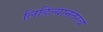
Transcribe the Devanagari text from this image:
लिहिल्यानंतरच